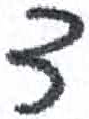
אות: ד